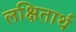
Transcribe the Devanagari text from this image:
लक्षितार्थ